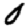
Digit: 0